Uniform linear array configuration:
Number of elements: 64
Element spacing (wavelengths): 0.25
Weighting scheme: uniform
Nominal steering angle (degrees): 0
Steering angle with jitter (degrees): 1.696
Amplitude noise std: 0.05
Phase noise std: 0.05

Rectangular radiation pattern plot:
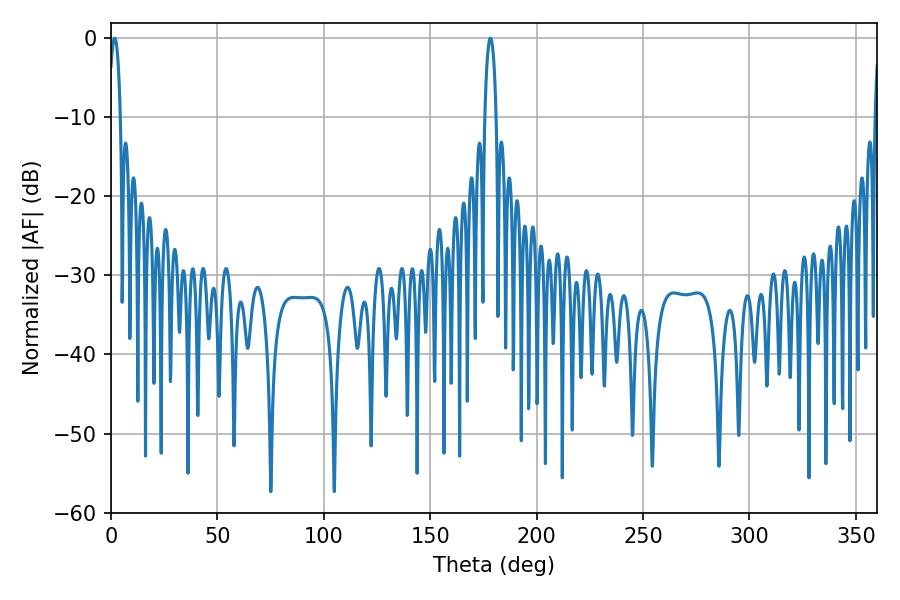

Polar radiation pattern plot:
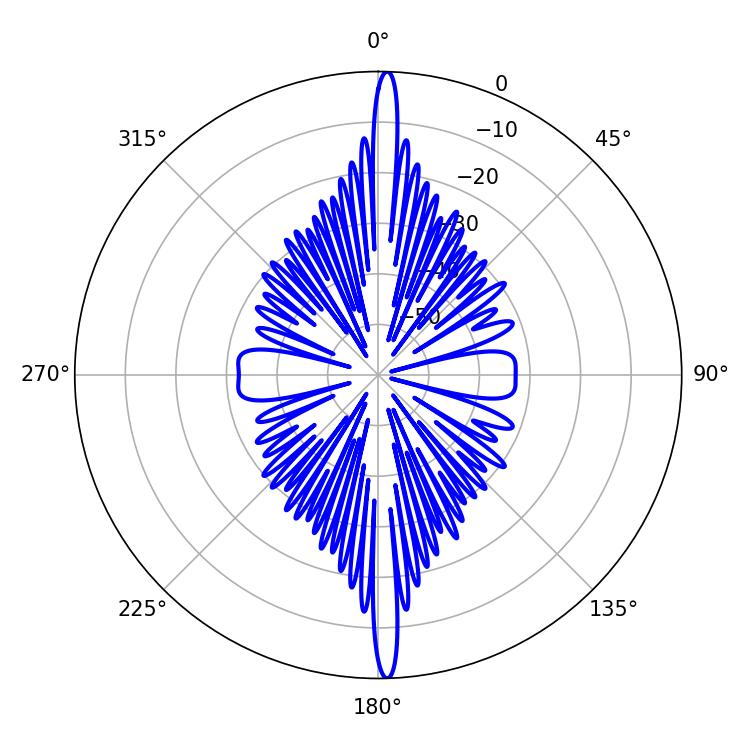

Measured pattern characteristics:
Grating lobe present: FALSE
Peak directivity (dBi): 27.285
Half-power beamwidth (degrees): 3.06
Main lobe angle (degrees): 178.2